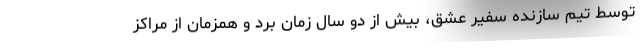
توسط تیم سازنده سفیر عشق، بیش از دو سال زمان برد و همزمان از مراکز